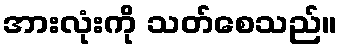
အားလုံးကို သတ်စေသည်။